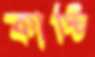
কার্স্টি